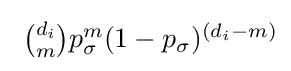
\textstyle \ {d_{i} \choose m}p_{\sigma }^{m}(1-p_{\sigma })^{(d_{i}-m)}